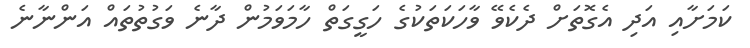
ކަަމަށާއި އަދި އެގޮތަށް ދެކެވޭ ވާހަކަތަކުގެ ހަގީގަތް ހާމަވަމުން ދާނެ ވަގުތުތައް އަންނާނެ